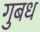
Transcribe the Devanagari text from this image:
गुबध